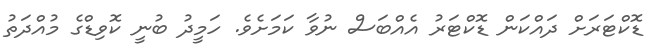
ޑޮކްޓަރަށް ދައްކަން ޑޮކްޓަރު އެއްބަސް ނުވާ ކަމަށެވެ. ހަމީދު ބުނީ ކޮވިޑްގެ މުއްދަތު